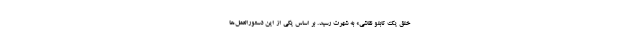
خلق یک تابلو نقاشی» به شهرت رسید. بر اساس یکی از این دستورالعمل‌ها